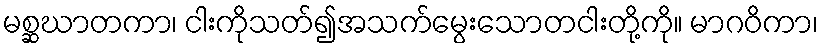
မစ္ဆဃာတကာ၊ ငါးကိုသတ်၍အသက်မွေးသောတငါးတို့ကို။ မာဂဝိကာ၊